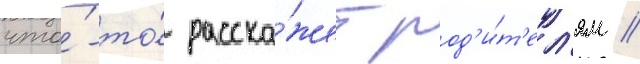
что́-то́ расска́жет род'и́т'ел'ям //